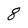
Character: 8